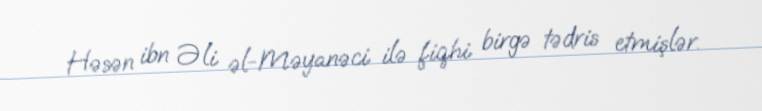
Həsən ibn Əli əl-Məyanəci ilə fiqhi birgə tədris etmişlər.